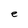
Character: e